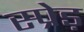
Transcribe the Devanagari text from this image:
स्प्रेड़